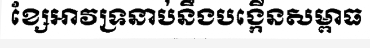
ខ្សែអាវទ្រនាប់នឹងបង្កើនសម្ពាធ